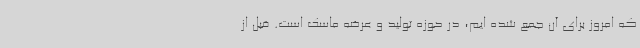
که امروز برای آن جمع شده ایم، در حوزه تولید و عرضه ماسک است. قبل از